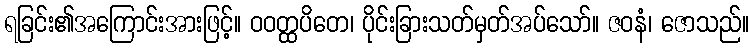
ရခြင်း၏အကြောင်းအားဖြင့်။ ဝဝတ္ထပိတေ၊ ပိုင်းခြားသတ်မှတ်အပ်သော်။ ဇဝနံ၊ ဇောသည်။